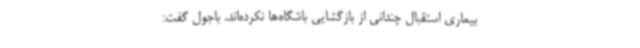
بیماری استقبال چندانی از بازگشایی باشگاه‌ها نکرده‌اند. باجول گفت: